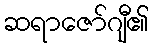
ဆရာဇော်ဂျီ၏